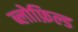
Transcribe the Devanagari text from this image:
ब्लोफ़िल्ड